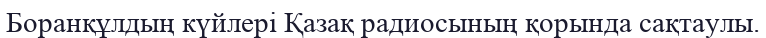
Боранқұлдың күйлері Қазақ радиосының қорында сақтаулы.